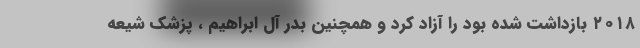
٢٠١٨ بازداشت شده بود را آزاد کرد و همچنین بدر آل ابراهیم ، پزشک شیعه